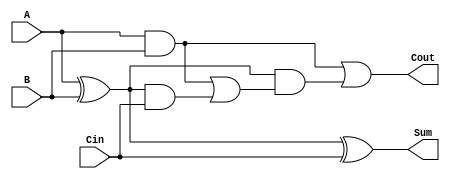
module CarryLookaheadFullAdder (
    input wire A,      // First binary digit
    input wire B,      // Second binary digit
    input wire Cin,    // Carry input
    output wire Sum,   // Resultant sum
    output wire Cout   // Carry output to the next stage
);

// Internal signals for Propagate and Generate
wire P;  // Propagate signal
wire G;  // Generate signal
wire C1; // Intermediate carry

// Generate and Propagate logic
assign P = A ^ B;      // P = A  B
assign G = A & B;      // G = A  B

// Intermediate carry calculation
assign C1 = G | (P & Cin); // C1 = G + (P  Cin)

// Final carry output
assign Cout = G | (P & C1); // Cout = G + (P  C1)

// Sum calculation
assign Sum = P ^ Cin; // Sum = P  Cin

endmodule